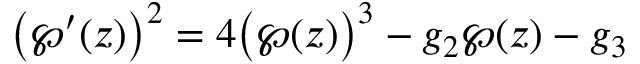
{ \bigl ( } \wp ^ { \prime } ( z ) { \bigr ) } ^ { 2 } = 4 { \bigl ( } \wp ( z ) { \bigr ) } ^ { 3 } - g _ { 2 } \wp ( z ) - g _ { 3 }